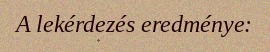
A lekérdezés eredménye: